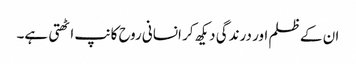
ان کے ظلم اور درندگی دیکھ کر انسانی روح کانپ اٹھتی ہے۔